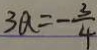
3 a = - \frac { 3 } { 4 }